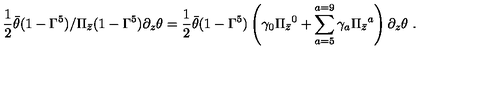
{ \frac { 1 } { 2 } } \bar { \theta } ( 1 - \Gamma ^ { 5 } ) { \slash { \Pi _ { \bar { z } } } } ( 1 - \Gamma ^ { 5 } ) \partial _ { z } \theta = { \frac { 1 } { 2 } } \bar { \theta } ( 1 - \Gamma ^ { 5 } ) \left( \gamma _ { 0 } \Pi _ { \bar { z } } { } ^ { 0 } + \sum _ { a = 5 } ^ { a = 9 } \gamma _ { a } \Pi _ { \bar { z } } { } ^ { a } \right) \partial _ { z } \theta \ .